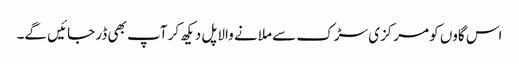
اس گاوں کو مرکزی سڑک سے ملانے والا پل دیکھ کر آپ بھی ڈر جائیں گے۔